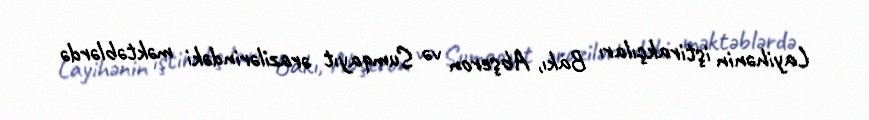
Layihənin iştirakçıları Bakı, Abşeron və Sumqayıt ərazilərindəki məktəblərdə